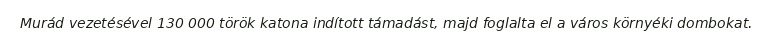
Murád vezetésével 130 000 török katona indított támadást, majd foglalta el a város környéki dombokat.